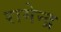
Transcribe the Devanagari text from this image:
रामेन्द्र